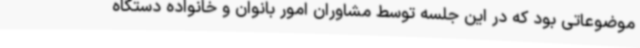
موضوعاتی بود که در این جلسه توسط مشاوران امور بانوان و خانواده دستگاه